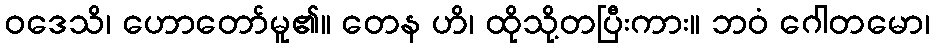
ဝဒေသိ၊ ဟောတော်မူ၏။ တေန ဟိ၊ ထိုသို့တပြီးကား။ ဘဝံ ဂေါတမော၊